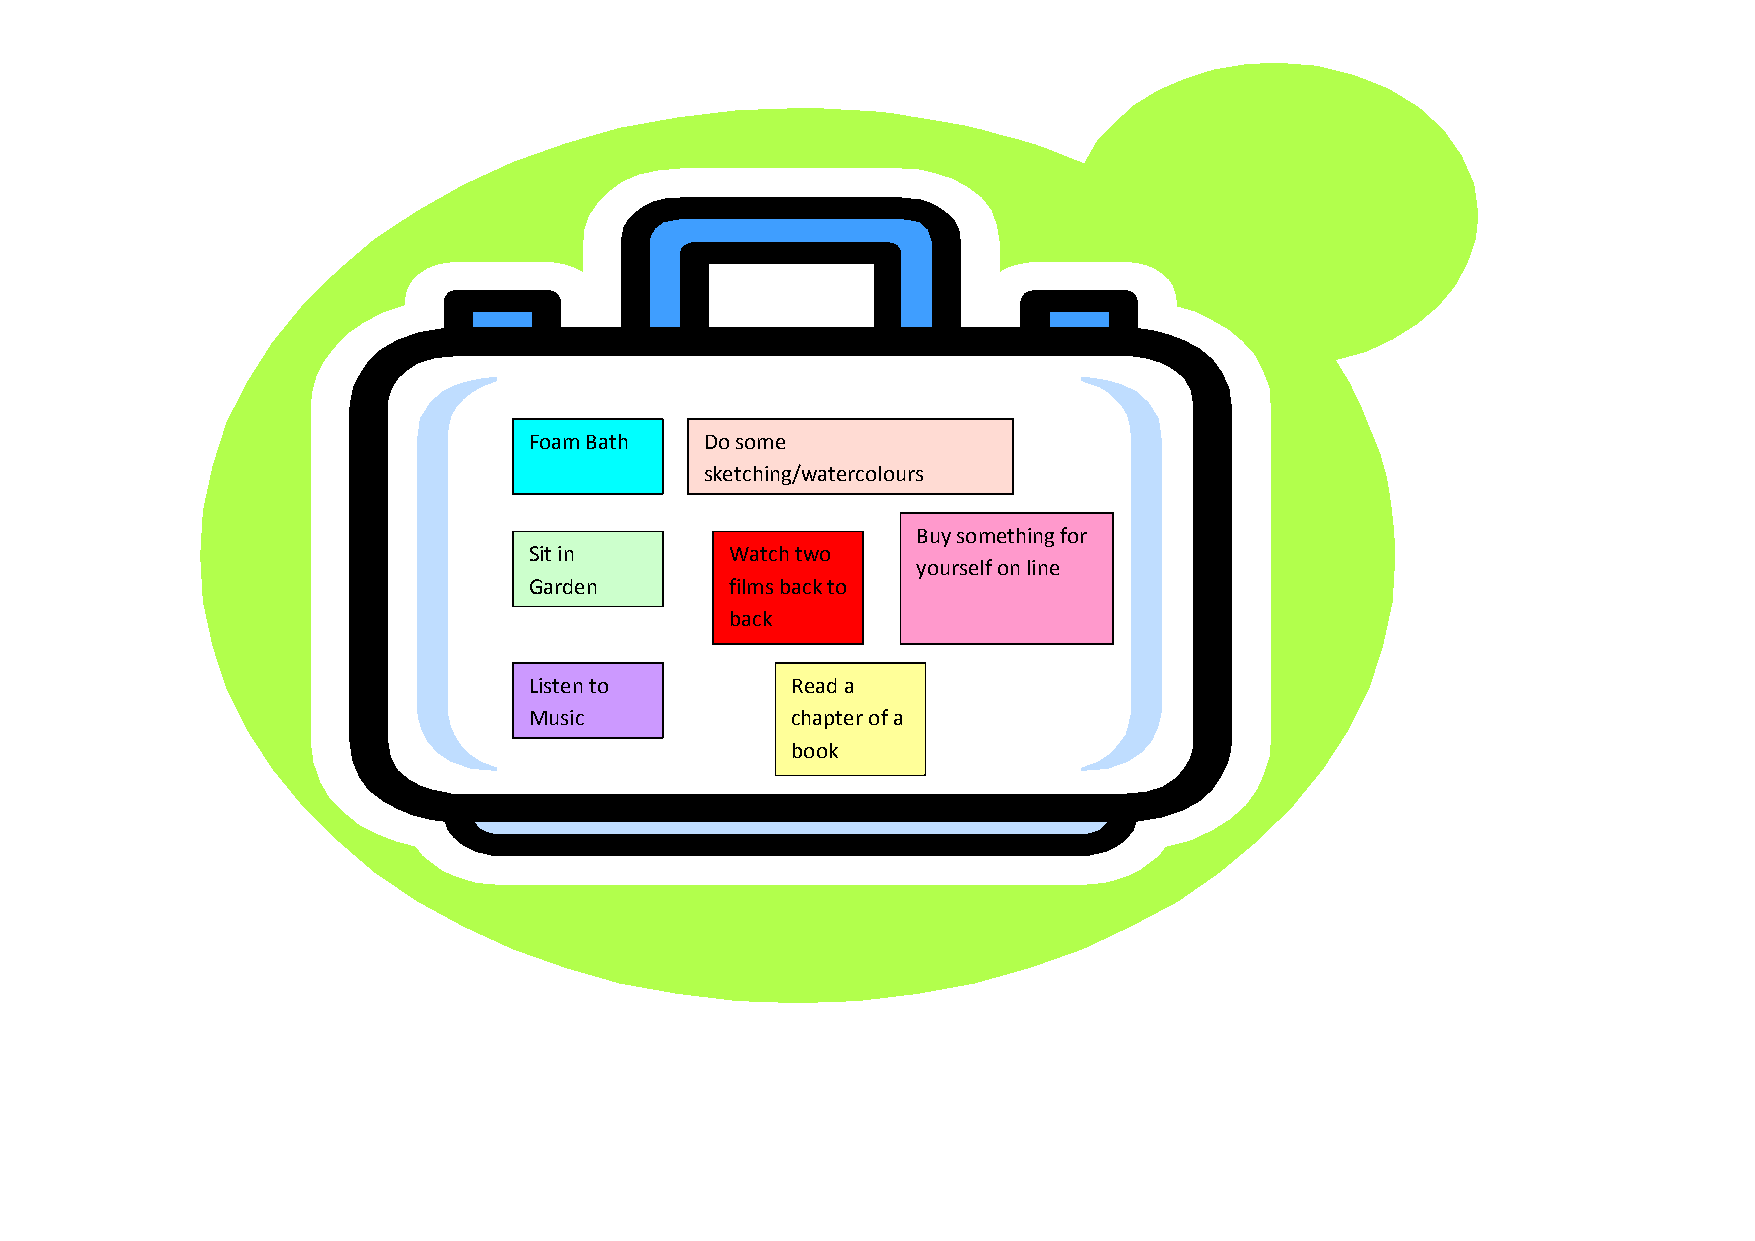
Foam Bath   Do some
 sketching/watercolours
 Buy something for
 Sit in       Watch two
 yourself on line
 Garden       films back to
 back
 Listen to        Read a
 Music            chapter of a
 book